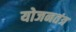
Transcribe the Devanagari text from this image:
योजनतंत्र